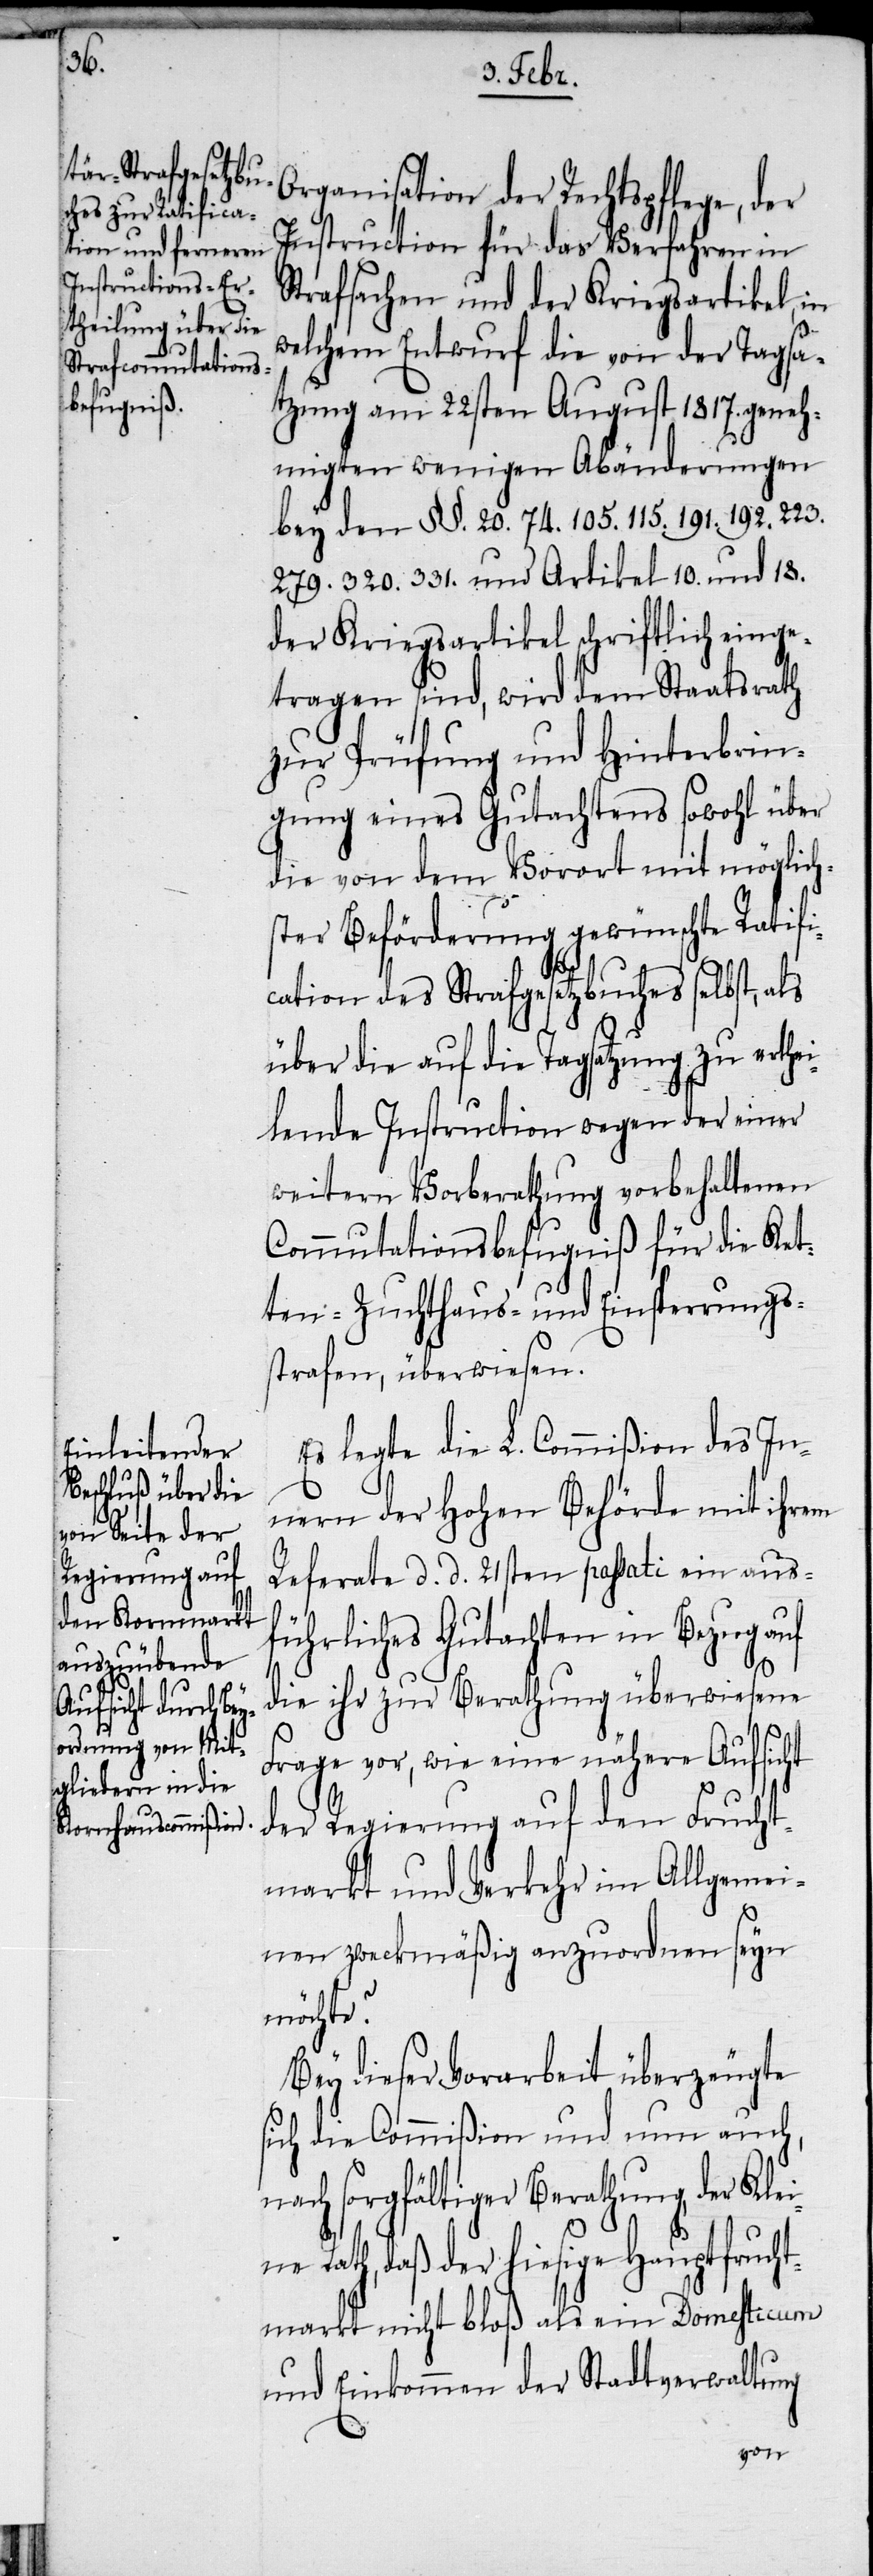
Kle¬

Organisation der Rechtspflege, der
Instruction für das Verfahren in
Strafsachen und der Kriegsartikel, in
welchem Entwurf die von der Tagsa¬
tzung am 22sten August 1817. geneh¬
migten wenigen Abänderungen
bey den §§. 20. 74. 105. 115. 191. 192. 223.
279. 320. 331. und Artikel 10. und 18.
der Kriegsartikel schriftlich einge¬
tragen sind, wird dem Staatsrath
zur Prüfung und Hinterbrin¬
gung eines Gutachtens sowohl über
die von dem Vorort mit möglich¬
ster Beförderung gewünschte Ratifi¬
cation des Strafgesetzbuches selbst, als
über die auf die Tagsatzung zu erthei¬
lende Instruction wegen der einer
weitern Vorberathung vorbehaltenen
Commutationsbefugniß für die Ket¬
ten- Zuchthaus- und Einsperrungs¬
strafen, überwiesen.
Es legte die L. Commißion des In¬
nern der Hohen Behörde mit ihrem
Referate d. d. 21sten passati ein ausf¬
ührliches Gutachten in Bezug auf
die ihr zur Berathung überwiesene
Frage vor, wie eine nähere Aufsicht
der Regierung auf den Frucht¬
markt und Verkehr im Allgemei¬
nen zweckmäßig anzuordnen seyn
möchte?
Bey dieser Vorarbeit überzeugte
ich die Commißion und nun auch,
nach sorgfältiger Berathung, der
ine Rath, daß der hiesige Hauptfrucht¬
markt nicht bloß als ein Domehticum
und Einkommen der Stadtverwaltung